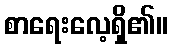
စာရေးလေ့ရှိ၏။